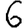
Digit: 6